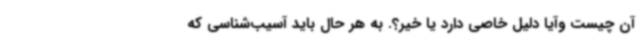
آن چیست وآیا دلیل خاصی دارد یا خیر؟. به هر حال باید آسیب‌شناسی که